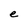
Character: e